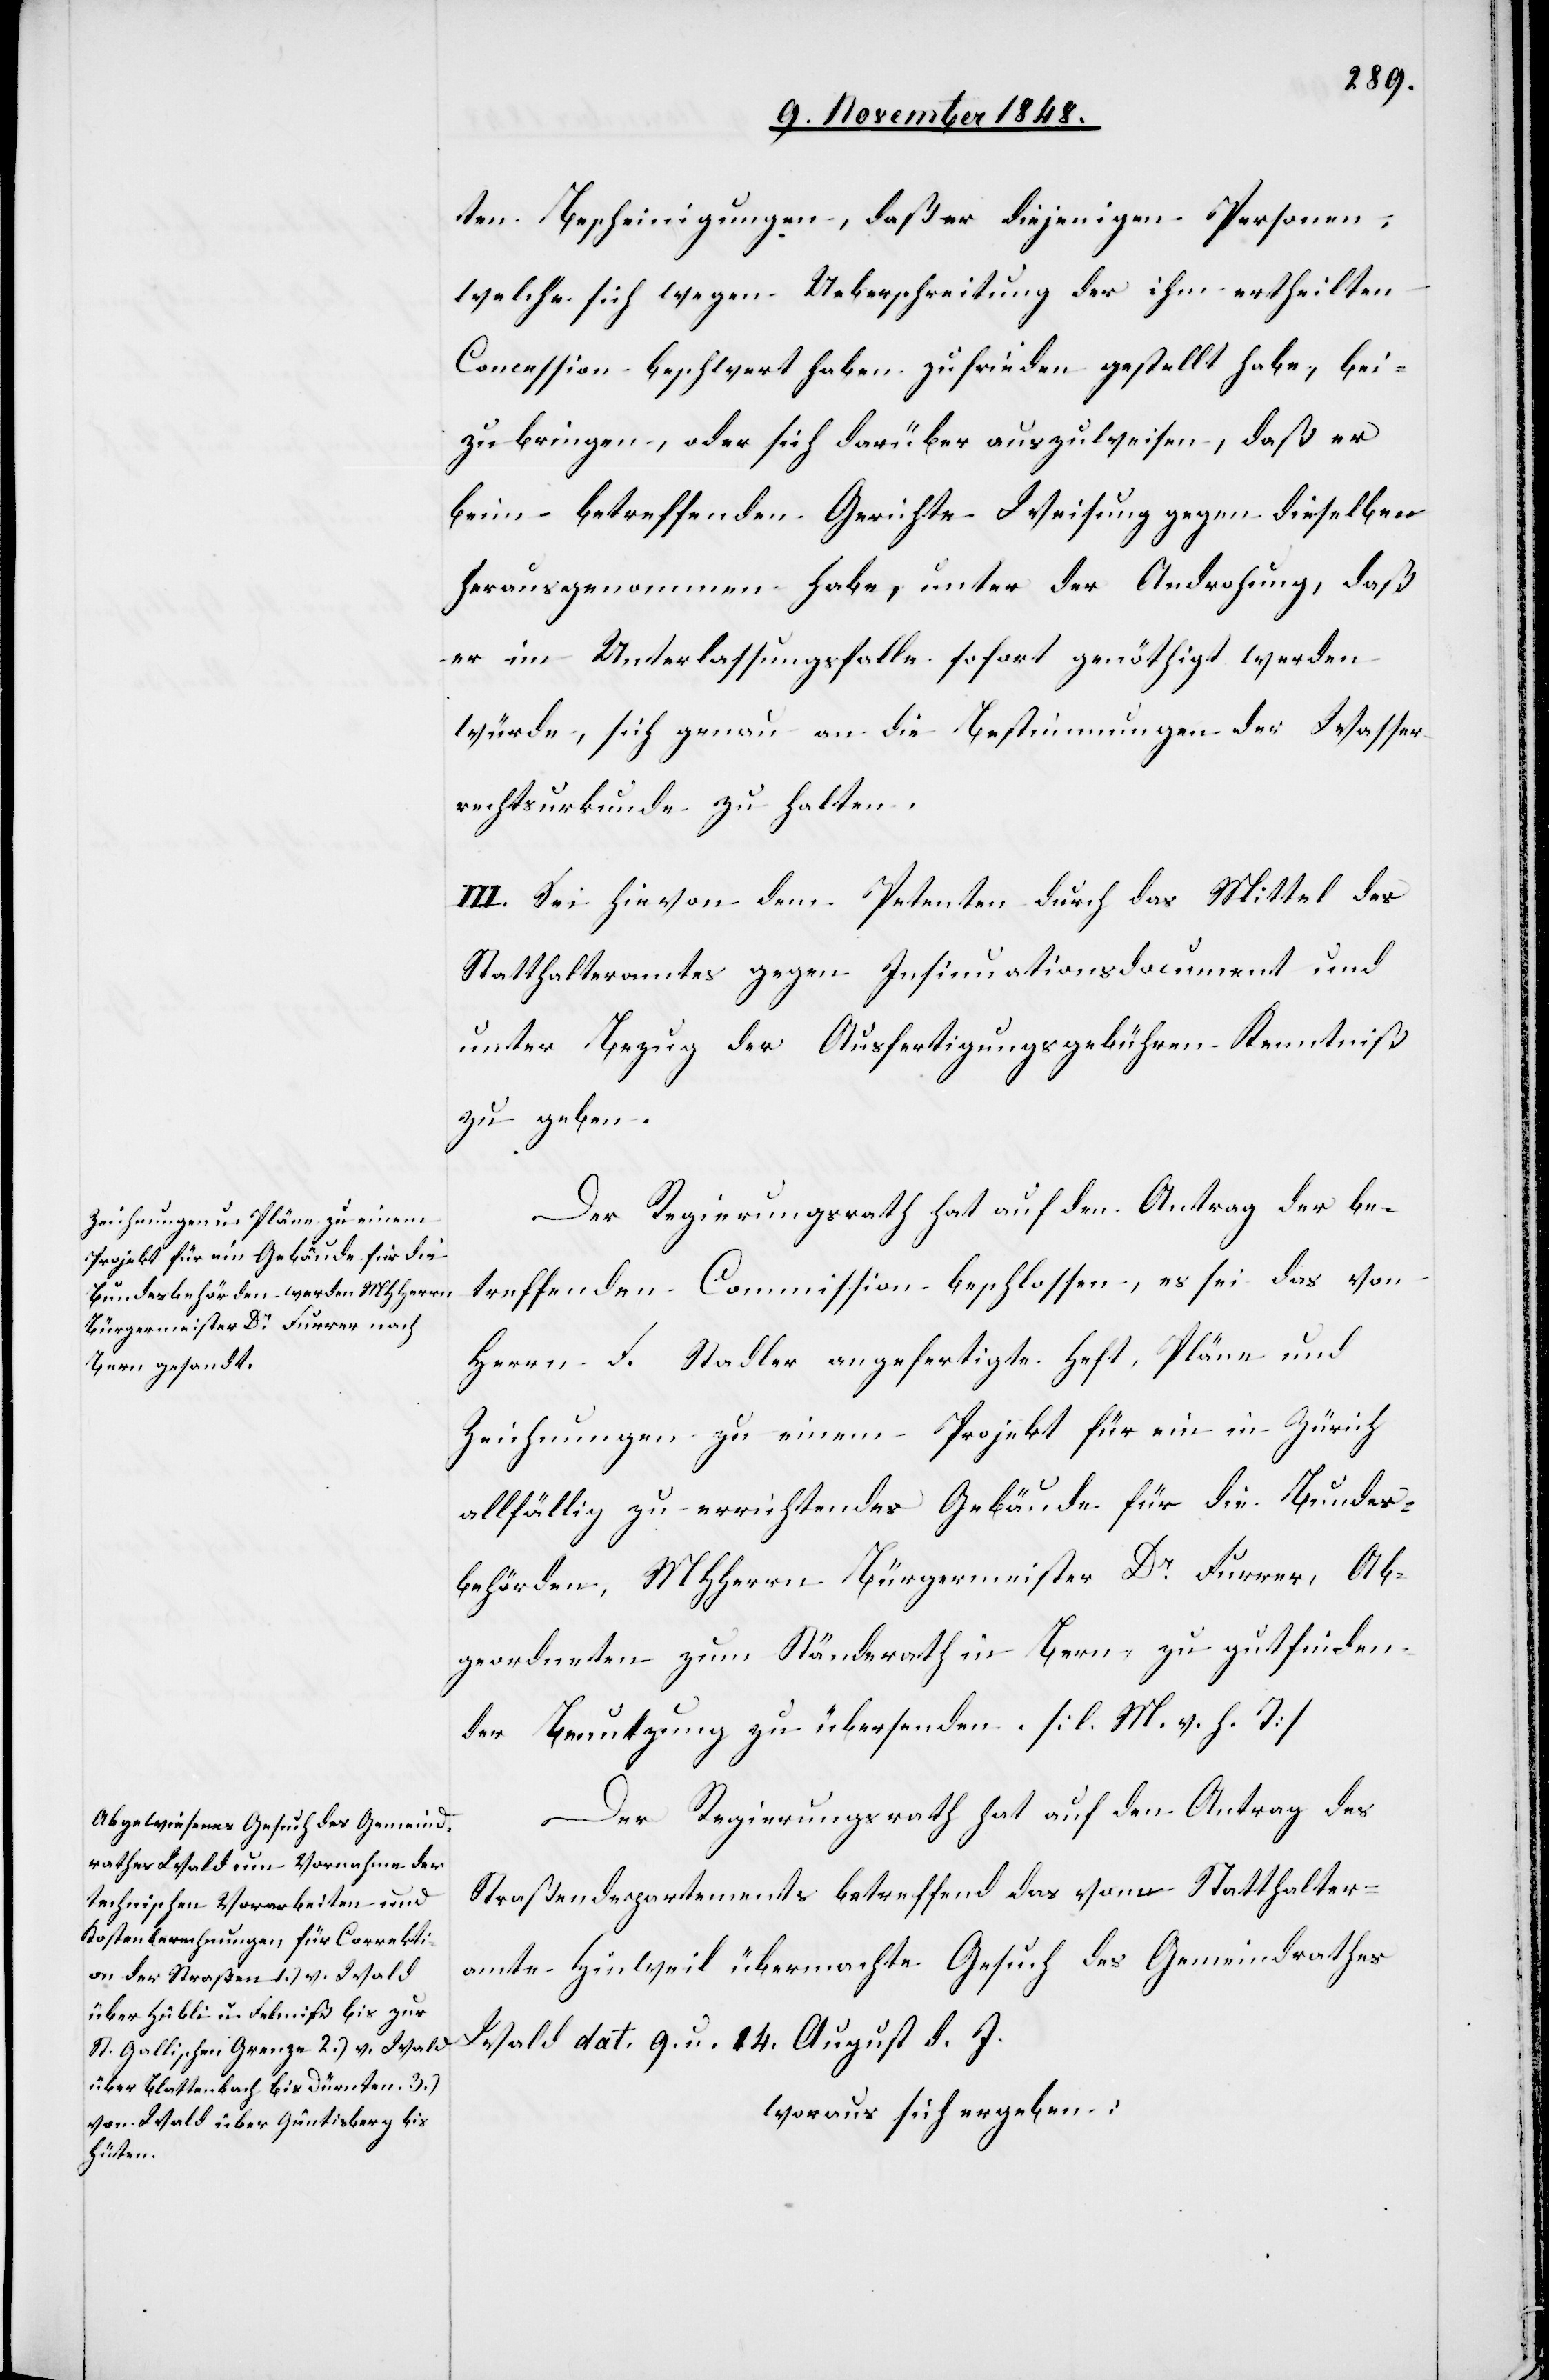
ten Bescheinigungen, daß er diejenigen Personen,
welche sich wegen Ueberschreitung der ihm ertheilten
Concession beschwert haben zufrieden gestellt habe, bei¬
zubringen, oder sich darüber auszuweisen, daß er
beim betreffenden Gerichte Weisung gegen dieselben
herausgenommen habe, unter der Androhung, daß
er im Unterlassungsfalle sofort genöthigt werden
würde, sich genau an die Bestimmungen der Wasser¬
rechtsurkunde zu halten.
III. Sei hievon dem Petenten durch das Mittel des
Statthalteramtes gegen Insinuationsdocument und
unter Bezug der Ausfertigungsgebühren Kenntniß
zu geben.
Der Regierungsrath hat auf den Antrag der be¬
treffenden Commission beschlossen, es sei das von
Herrn F. Stadler angefertigte Heft, Pläne und
Zeichnungen zu einem Projekt für ein in Zürich
allfällig zu errichtendes Gebäude für die Bundes¬
behörden, MHHerrn Bürgermeister Dr Furrer, Ab¬
geordneten zum Ständerath in Bern, zu gutfinden¬
der Benutzung zu übersenden. [l. M. v. h. T]
Der Regierungsrath hat auf den Antrag des
Straßendepartements betreffend das vom Statthalter¬
amte Hinweil übermachte Gesuch des Gemeindrathes
Wald dat. 9. u. 14. August d. J.
woraus sich ergeben: